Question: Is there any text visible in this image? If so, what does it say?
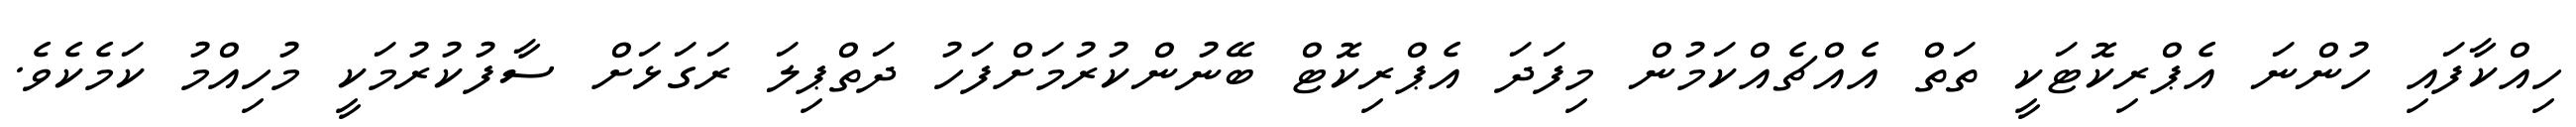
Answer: ހިއްކާފައި ހުންނަ އެޕްރިކޮޓަކީ ތަތް އެއްޗެއްކަމުން މިފަދަ އެޕްރިކޮޓް ބޭނުންކުރުމަށްފަހު ދަތްޕިލަ ރަގަޅަށް ސާފުކުރުމަކީ މުހިއްމު ކަމެކެވެ.